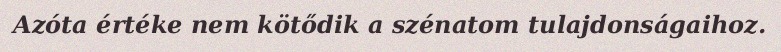
Azóta értéke nem kötődik a szénatom tulajdonságaihoz.